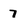
Character: 7